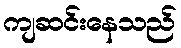
ကျဆင်းနေသည်